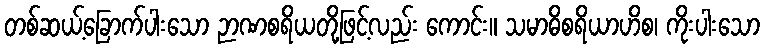
တစ်ဆယ့်ခြောက်ပါးသော ဉာဏစရိယတို့ဖြင့်လည်း ကောင်း။ သမာဓိစရိယာဟိစ၊ ကိုးပါးသော